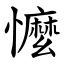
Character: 懡